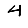
Digit: 4